Civil Veterinary Dept. Bombay admin report 1900-1906 - 1900-1906
Year: 1900
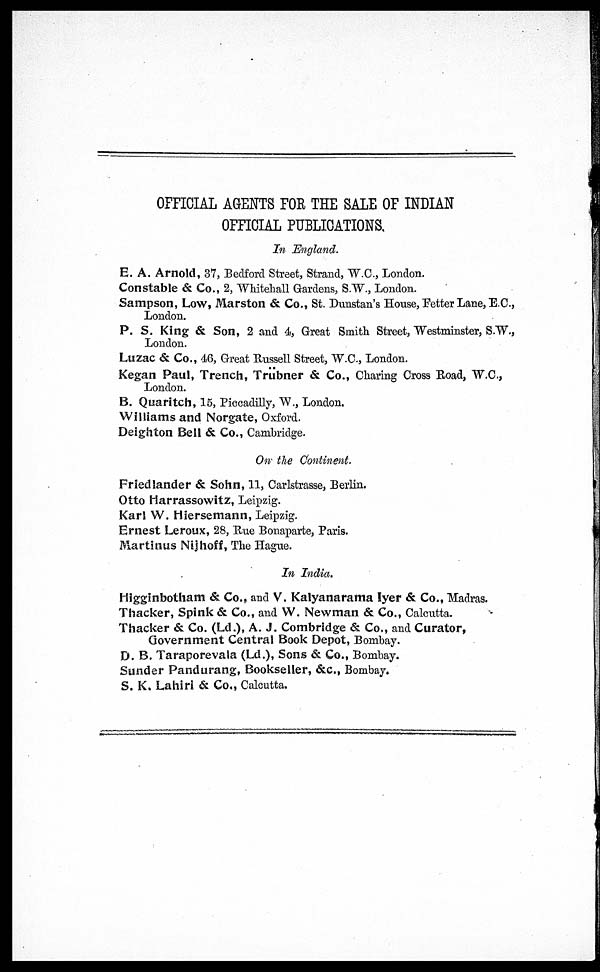
OFFICIAL AGENTS FOR THE SALE OF INDIAN
OFFICIAL PUBLICATIONS
In England.
E. A. Arnold, 37, Bedford Street, Strand, W.C., London.
Constable & Co., 2, Whitehall Gardens, S.W., London.
Sampson, Low, Marston & Co., St. Dunstan's House, Fetter Lane, E.C.,
London.
P. S. King & Son, 2 and 4, Great Smith Street, Westminster, S.W.,
London.
Luzac & Co., 46, Great Russell Street, W.C., London.
Kegan Paul, Trench, Trübner & Co., Charing Cross Road, W.C.,
London.
B. Quaritch, 15, Piccadilly, W., London.
Williams and Norgate, Oxford.
Deighoton Bell & Co., Cambridge.
On the Continent.
Fried lander & Sohn, 11, Carlstrasse, Berlin.
Otto Harrassowitz, Leipzig.
Karl W. Hiersemann, Leipzig.
Ernest Leroux, 28, Rue Bonaparte, Paris.
Martinus Nijhoff, The Hague.
In India.
Higginbotham & Co., and V. Kalyanarama Iyer & Co., Madras.
Thacker, Spink & Co., and W. Newman & Co., Calcutta.
Thacker & Co. (Ld.), A. J. Combridge & Co., and Curator,
Government Central Book Depot, Bombay.
D. B. Taraporevala (Ld.), Sons & Co., Bombay.
Sunder Pandurang, Bookseller, &c., Bombay.
S. K. Lahiri & Co., Calcutta.